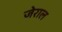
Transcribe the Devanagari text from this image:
जेराल